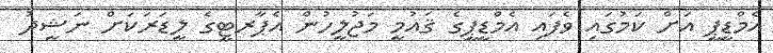
އެމްޑީޕީ އަށް ކަމުގައި ވެފައި އެމްޑީޕީގެ ޤައުމީ މަޖުލީހުން އެޕާރޓީގެ ލީޑަރަކަށް ނަޝީދު